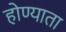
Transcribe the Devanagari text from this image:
होण्याता